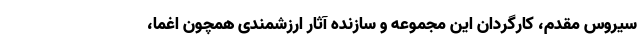
سیروس مقدم، کارگردان این مجموعه و سازنده آثار ارزشمندی همچون اغما،